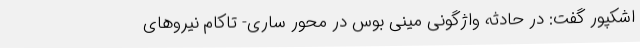
اشکپور گفت: در حادثه واژگونی مینی بوس در محور ساری- تاکام نیروهای